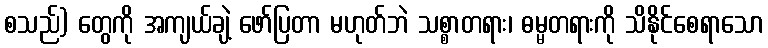
စသည်) တွေကို အကျယ်ချဲ့ ဖော်ပြတာ မဟုတ်ဘဲ သစ္စာတရား၊ ဓမ္မတရားကို သိနိုင်စေရာသော